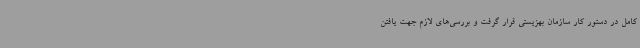
کامل در دستور کار سازمان بهزیستی قرار گرفت و بررسی‌های لازم جهت یافتن